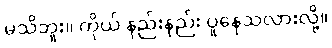
မသိဘူး။ ကိုယ် နည်းနည်း ပူနေသလားလို့။